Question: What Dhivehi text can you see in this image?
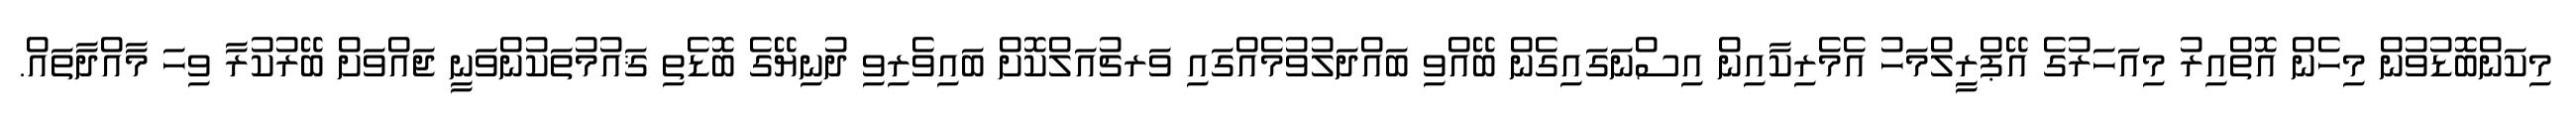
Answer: މިކަންބޮޑުވުން މިހެން އޮތްއިރު މިއަހަރުގެ އޭޕްރީލްމަހު އެމެރިކާއިން އިސްނަގައިގެން ބޭއްވި ބައްދަލުވުމެއްގައި ވަރޗުއަލްކޮށް ބައިވެރިވި ދުނިޔޭގެ ބޮޑެތި ޤައުމުތަކުންވަނީ ޖައްވަށް ބޭރުކުރާ ވިހަ މާއްދާތައް.